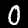
Label: 0